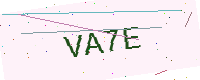
Text: VA7E